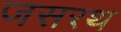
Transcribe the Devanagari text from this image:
जसरथ